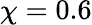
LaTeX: \chi=0.6